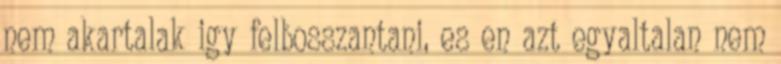
nem akartalak igy felbosszantani, es en azt egyaltalan nem